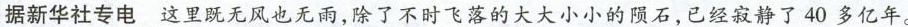
据新华社专电这里既无风也无雨，除了不时飞落的大大小小的陨石，已经寂静了40多亿年。